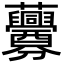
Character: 虋